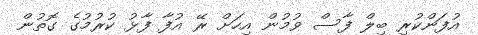
އުފަންކުރި ބިލް ފާސް ވުމުން އިހަށް ރޭ އުފާ ފާޅު ކުރުމުގެ ގޮތުން